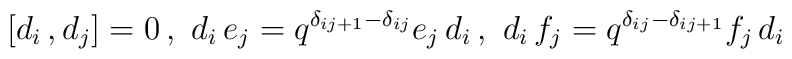
[d_i\,,d_j]=0\,,\,\,d_i\,e_j=q^{{\delta}_{ij+1}-{\delta}_{ij}}e_j\,d_i\,,\,\,d_i\,f_j=q^{{\delta}_{ij}-{\delta}_{ij+1}}f_j\,d_i